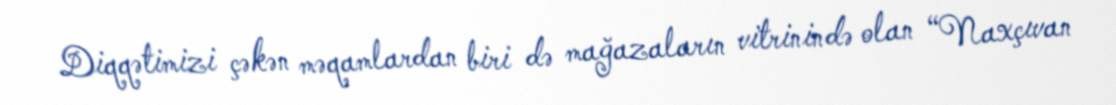
Diqqətimizi çəkən məqamlardan biri də mağazaların vitrinində olan “Naxçıvan